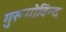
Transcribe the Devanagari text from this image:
गुरूगोविन्द